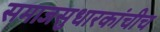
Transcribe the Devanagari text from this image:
समाजसुधारकांचीच